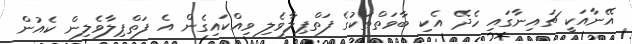
އޭނާއަކީ ޗައިނާގައި ހެދޭ އެކި ބާވަތްތަކުގެ ފަތްޕިލާވެލި ވިއްކައިގެން އެ ފަތްޕިލާވެލިން ކެއުން